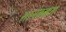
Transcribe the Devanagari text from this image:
शानेबक्कम